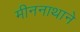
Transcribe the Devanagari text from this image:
मीननाथाने